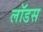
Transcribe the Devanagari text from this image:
लॉडस